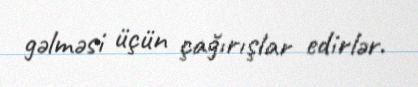
gəlməsi üçün çağırışlar edirlər.